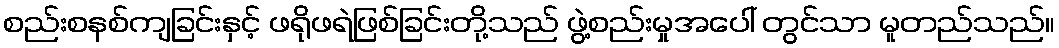
စည်းစနစ်ကျခြင်းနှင့် ဖရိုဖရဲဖြစ်ခြင်းတို့သည် ဖွဲ့စည်းမှုအပေါ် တွင်သာ မူတည်သည်။